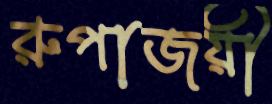
রুপাজয়ী